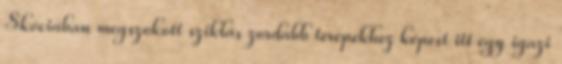
Skóciában megszokott sziklás zordabb terepekhez képest itt egy igazi